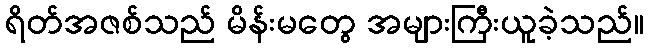
ရိတ်အဇစ်သည် မိန်းမတွေ အများကြီးယူခဲ့သည်။